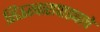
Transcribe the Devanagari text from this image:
सिऊरबारापाड्याचे